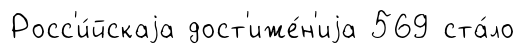
Росс'и́йскаjа дост'иже́н'иjа 569 ста́ло